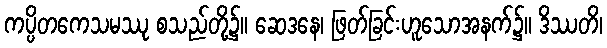
ကပ္ပိတကေသမဿု စသည်တို့၌။ ဆေဒနေ၊ ဖြတ်ခြင်းဟူသောအနက်၌။ ဒိဿတိ၊